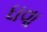
ઘવા